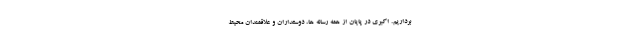
برداریم. اکبری در پایان از همه رسانه ها، دوستداران و علاقمندان محیط